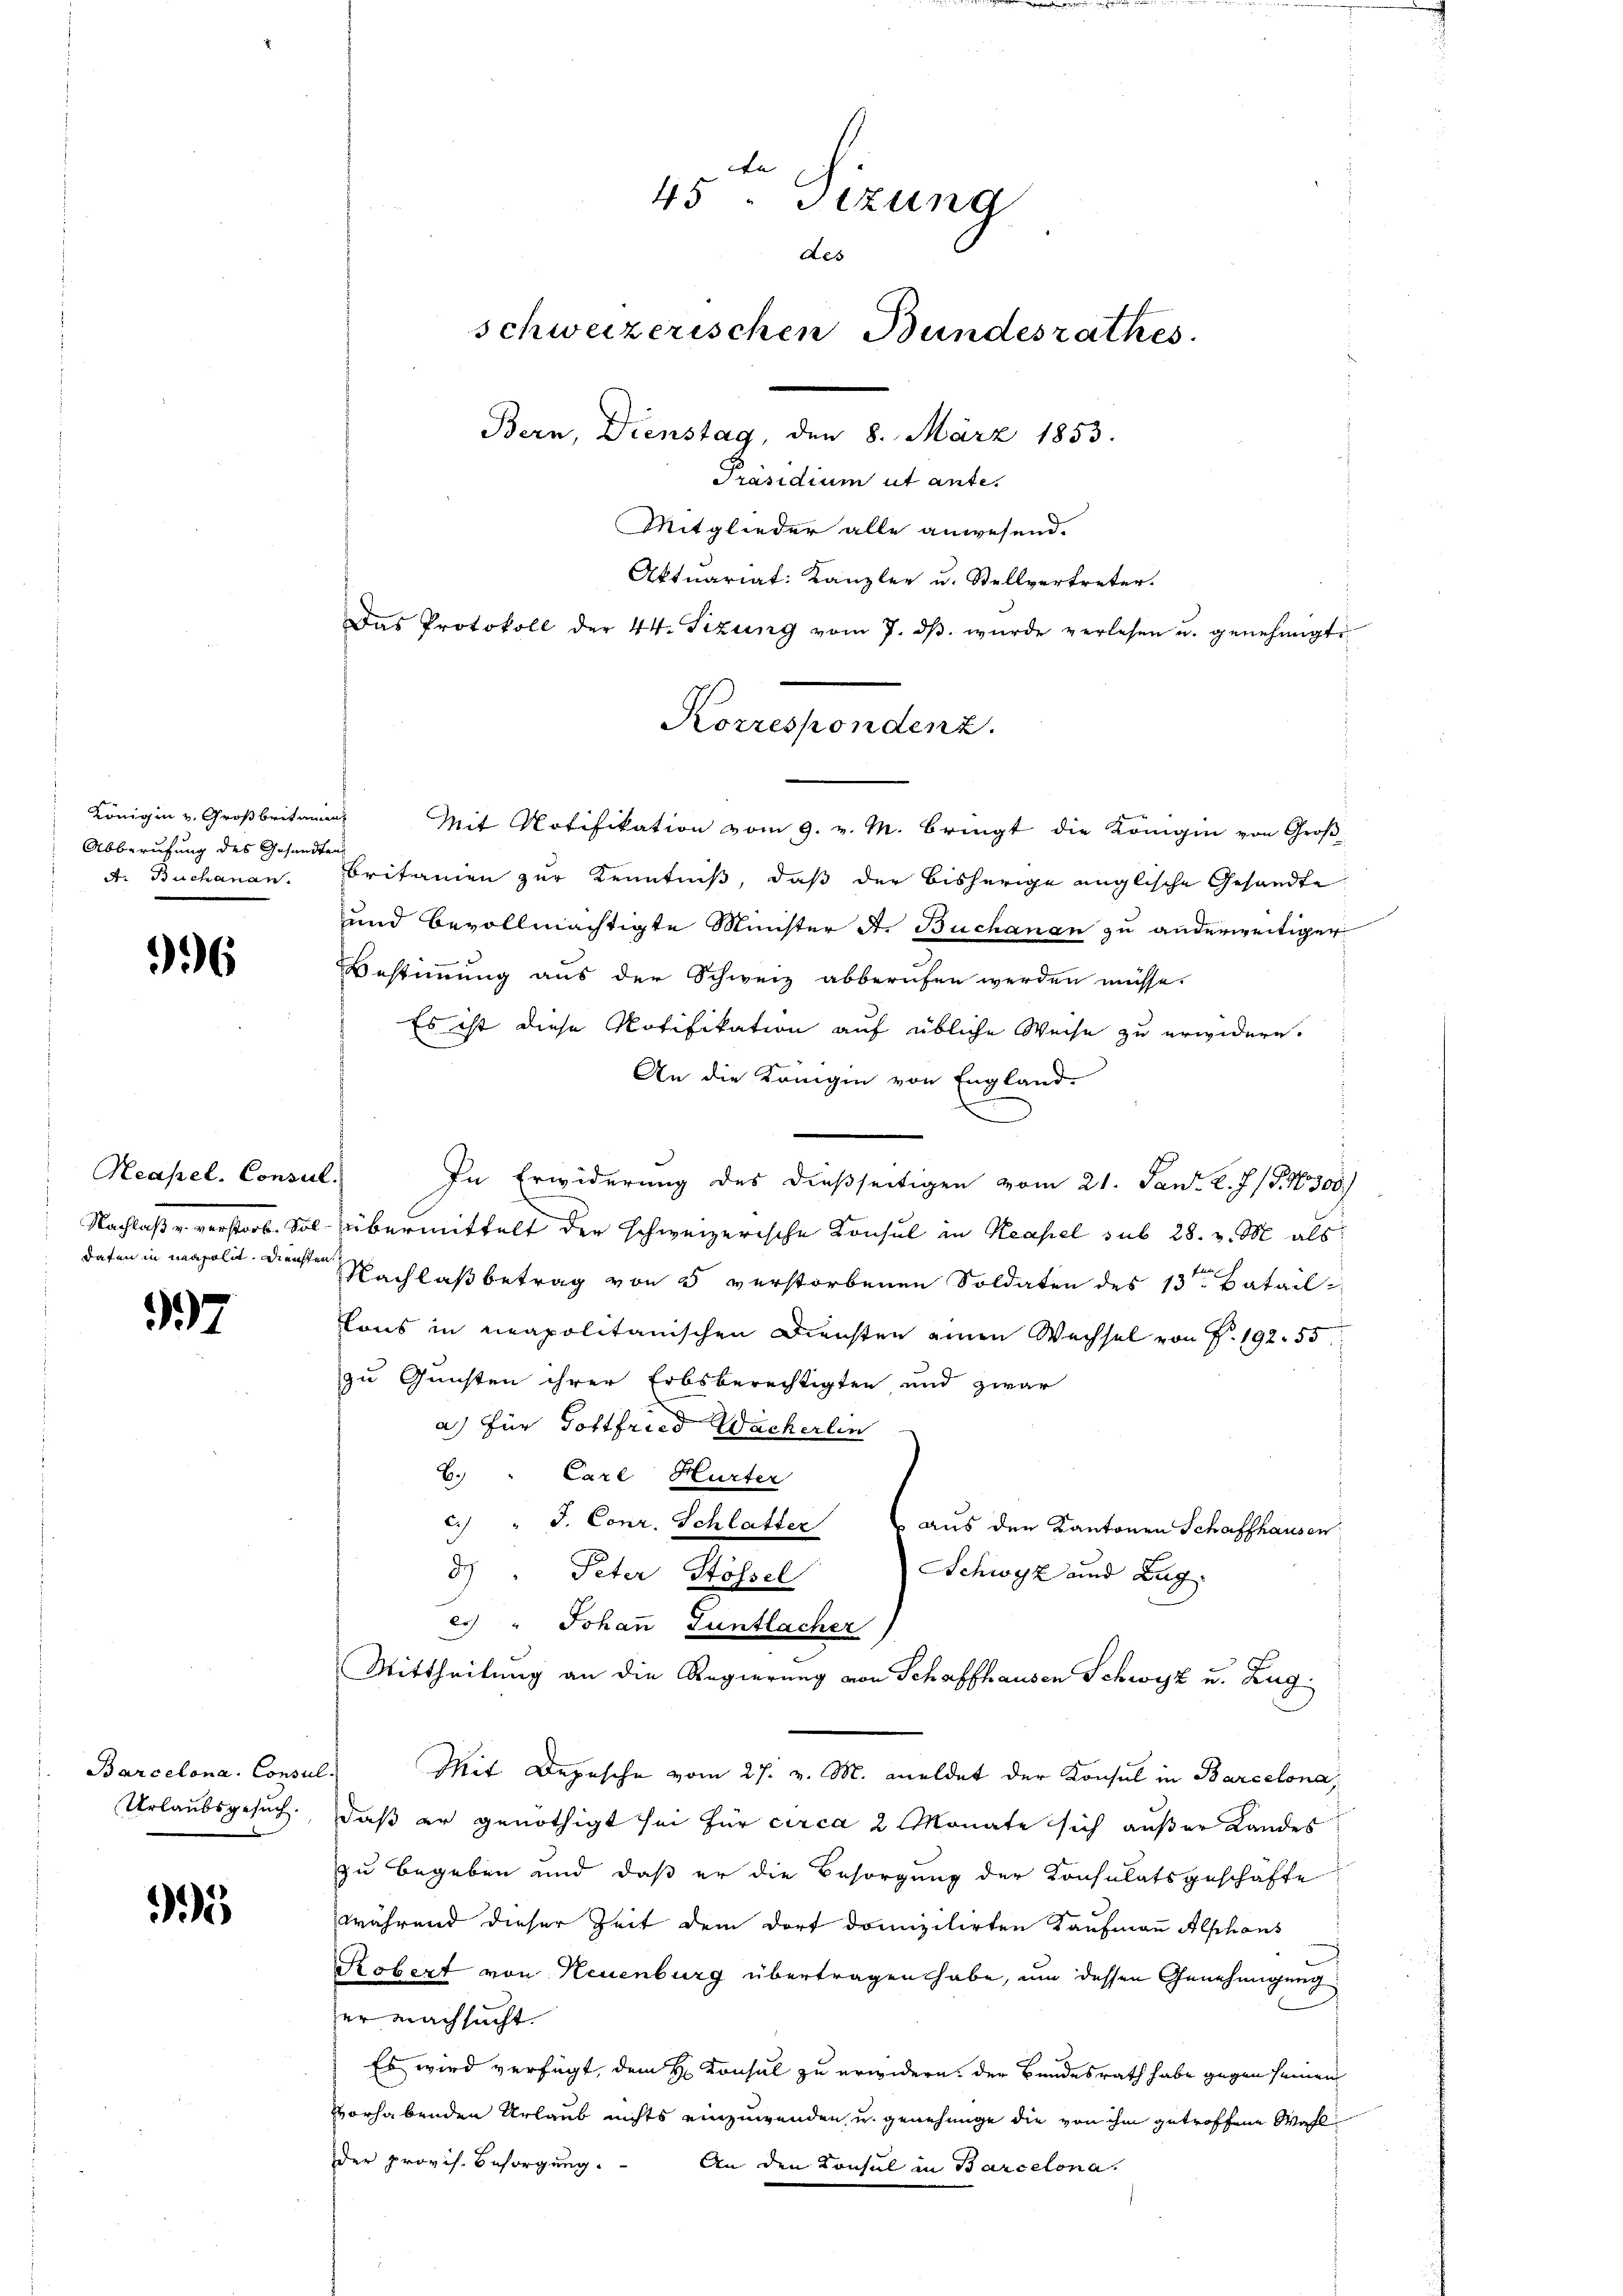
Königin v. Großbritamen
Abberufung des Gesandte
A. Buchanan.

996

Neapel. Consul.
Nachrister verstrat. S.
daten in meapolit. Diensten

97

Barcelona, Consul
Urlaubsgesuch.

95

n
45. Sizung
des
schweizerischen Bundesrathes.
Bern, Dienstag, den 8. März 1853.
Präsidium ut ante.
Mitglieder alle anwesend.
Aktuariat: Kanzler u. Stellvertreter.
Das Protokoll der 44. Sizung vom 7. dβ. wurde verlesen u. genehmigte

Mit Notifikation vom 9. v. M. bringt die Königin von Groß-
britanien zur Kenntniß, daß der bisherige englische Gesandte
und bevollmächtigte Minister A. Buchanan zu anderweitiger
Bestimmung aus der Schweiz abberufen werden müsse.
Es ist diese Notifikation auf übliche Weise zu erwidern.
An die Königin von England-
In Erwiderung des dießseitigen vom 21. Janr. Z. 7 (§. 10300/
übermittelt der schweizerische Konsul in Neapel sub 28. v. M. als
fe
Nachlaß betrag von 3 verstorbenen Soldaten des 13. Batail
Cons in neapolitanischen Diensten einen Wechsel von P. 192. 55
zu Gunsten ihrer Erbsberechtigten und zwar
a) für Gottfried Wacherlin
B. " Carl Hurter
c. " J. Conr. Schlatter aus den Kantonen Schaffhausen
Schwyz und Zug.
d.) Peter Stössel
es " Johan Guntlacher)
Mittheilung an die Regierung von Schaffhausen Schwyz u. Zug,
Mit Depesche vom 27. v. M. meldet der Konsul in Barcelona,
daß er genöthigt sei für circa 2 Monate sich außer Landes
zu begeben und daß er die Besorgung der Konsulatsgeschäfte
während dieser Zeit dem dort domizilirten Kaufmann Alphons
Robert von Neuenburg übertragen habe, um dessen Genehmigung
er nachsucht.
Es wird verfügt, dem H. Konsul zu erwidern. Der Bundesrath habe gegen seinen
orhabenden Urlaub nichts einzuwenden u. genehmige die von ihm getroffene Wahl
der provis. Besorgung. An den Konsul in Barcelona.

Korrespondenz.